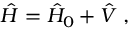
\hat { H } = \hat { H } _ { 0 } + \hat { V } \; ,